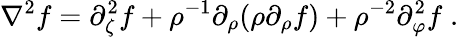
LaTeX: \nabla^{2}f=\partial_{\zeta}^{2}f+\rho^{-1}\partial_{\rho}(\rho\partial_{\rho}f)+\rho^{-2}\partial_{\varphi}^{2}f\; .